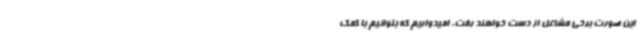
این صورت برخی مشاغل از دست خواهند رفت. امیدواریم که بتوانیم با کمک